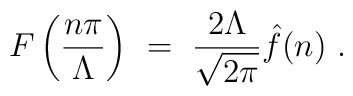
F\left({n\pi\over\Lambda}\right) \ = \ {2\Lambda\over\sqrt{2\pi}}\hat f(n) \ .